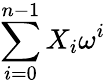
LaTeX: \sum_{i=0}^{n-1}X_{i}\omega^{i}